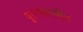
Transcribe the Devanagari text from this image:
पुरानकालीन